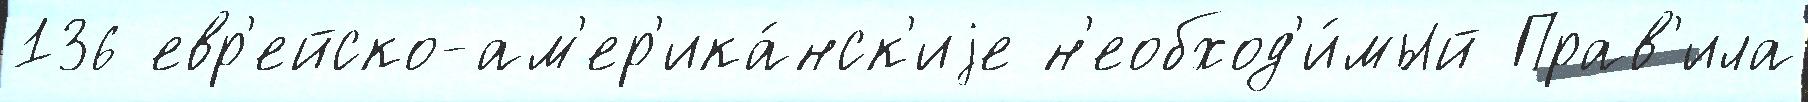
136 евр'ейско-ам'ер'ика́нск'иjе н'еобход'и́мый Прав'ила